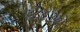
૧૮૯૩એ